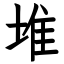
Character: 堆